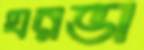
ঘরভা